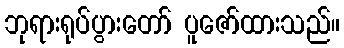
ဘုရားရုပ်ပွားတော် ပူဇော်ထားသည်။